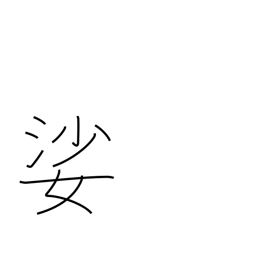
Meaning: old woman